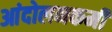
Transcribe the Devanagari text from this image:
आंदोलनकर्मी